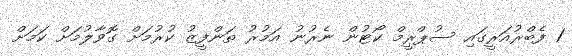
1 ފެބްރުއަރީގައި ސުޕްރީމް ކޯޓުން ނެރުނު އަމުރު ތަންފީޒު ކުރުމަށް ގޮވާލުމަށް ކަމަށް